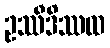
ဥဿီဒိဿထ